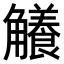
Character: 𧥐